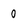
Character: 0